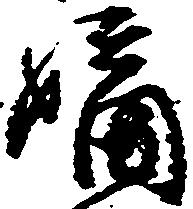
嫡